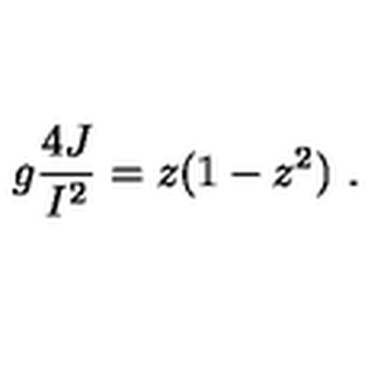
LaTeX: g { \frac { 4 J } { I ^ { 2 } } } = z ( 1 - z ^ { 2 } ) \ .